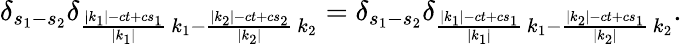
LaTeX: \delta_{s_{1}-s_{2}}\delta_{\frac{|k_{1}|-ct+cs_{1}}{|k_{1}|}\, k_{1}-\frac{|k_{2}|-ct+cs_{2}}{|k_{2}|}\, k_{2}}=\delta_{s_{1}-s_{2}}\delta_{\frac{|k_{1}|-ct+cs_{1}}{|k_{1}|}\, k_{1}-\frac{|k_{2}|-ct+cs_{1}}{|k_{2}|}\, k_{2}}.